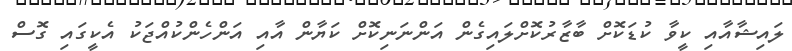
ލައިޝާއާއި ކީވާ ކުޑަކޮށް ބާޒާރުކޮށްލައިގެން އަންނަނިކޮށް ކަޔާން އާއި އަންހެންކުއްޖަކު އެކީގައި ގޮސް